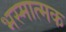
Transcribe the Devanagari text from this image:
भस्मात्मक